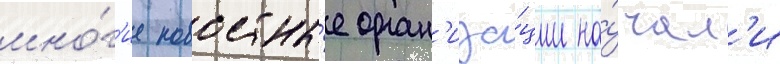
мно́г'ие новостны́е орган'иза́ции на́чал'и